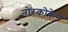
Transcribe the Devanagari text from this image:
नोरकोकेन